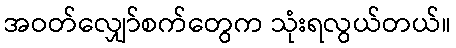
အဝတ်လျှော်စက်တွေက သုံးရလွယ်တယ်။